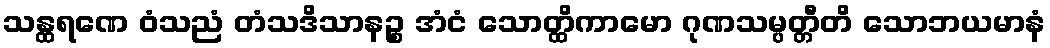
သန္ထရဏေ ဝံသညံ တံသဒိသာနဉ္စ အံငံ သောတ္ထိကာမော ဂုဏသမ္ပတ္တီတိ သောဘယမာနံ